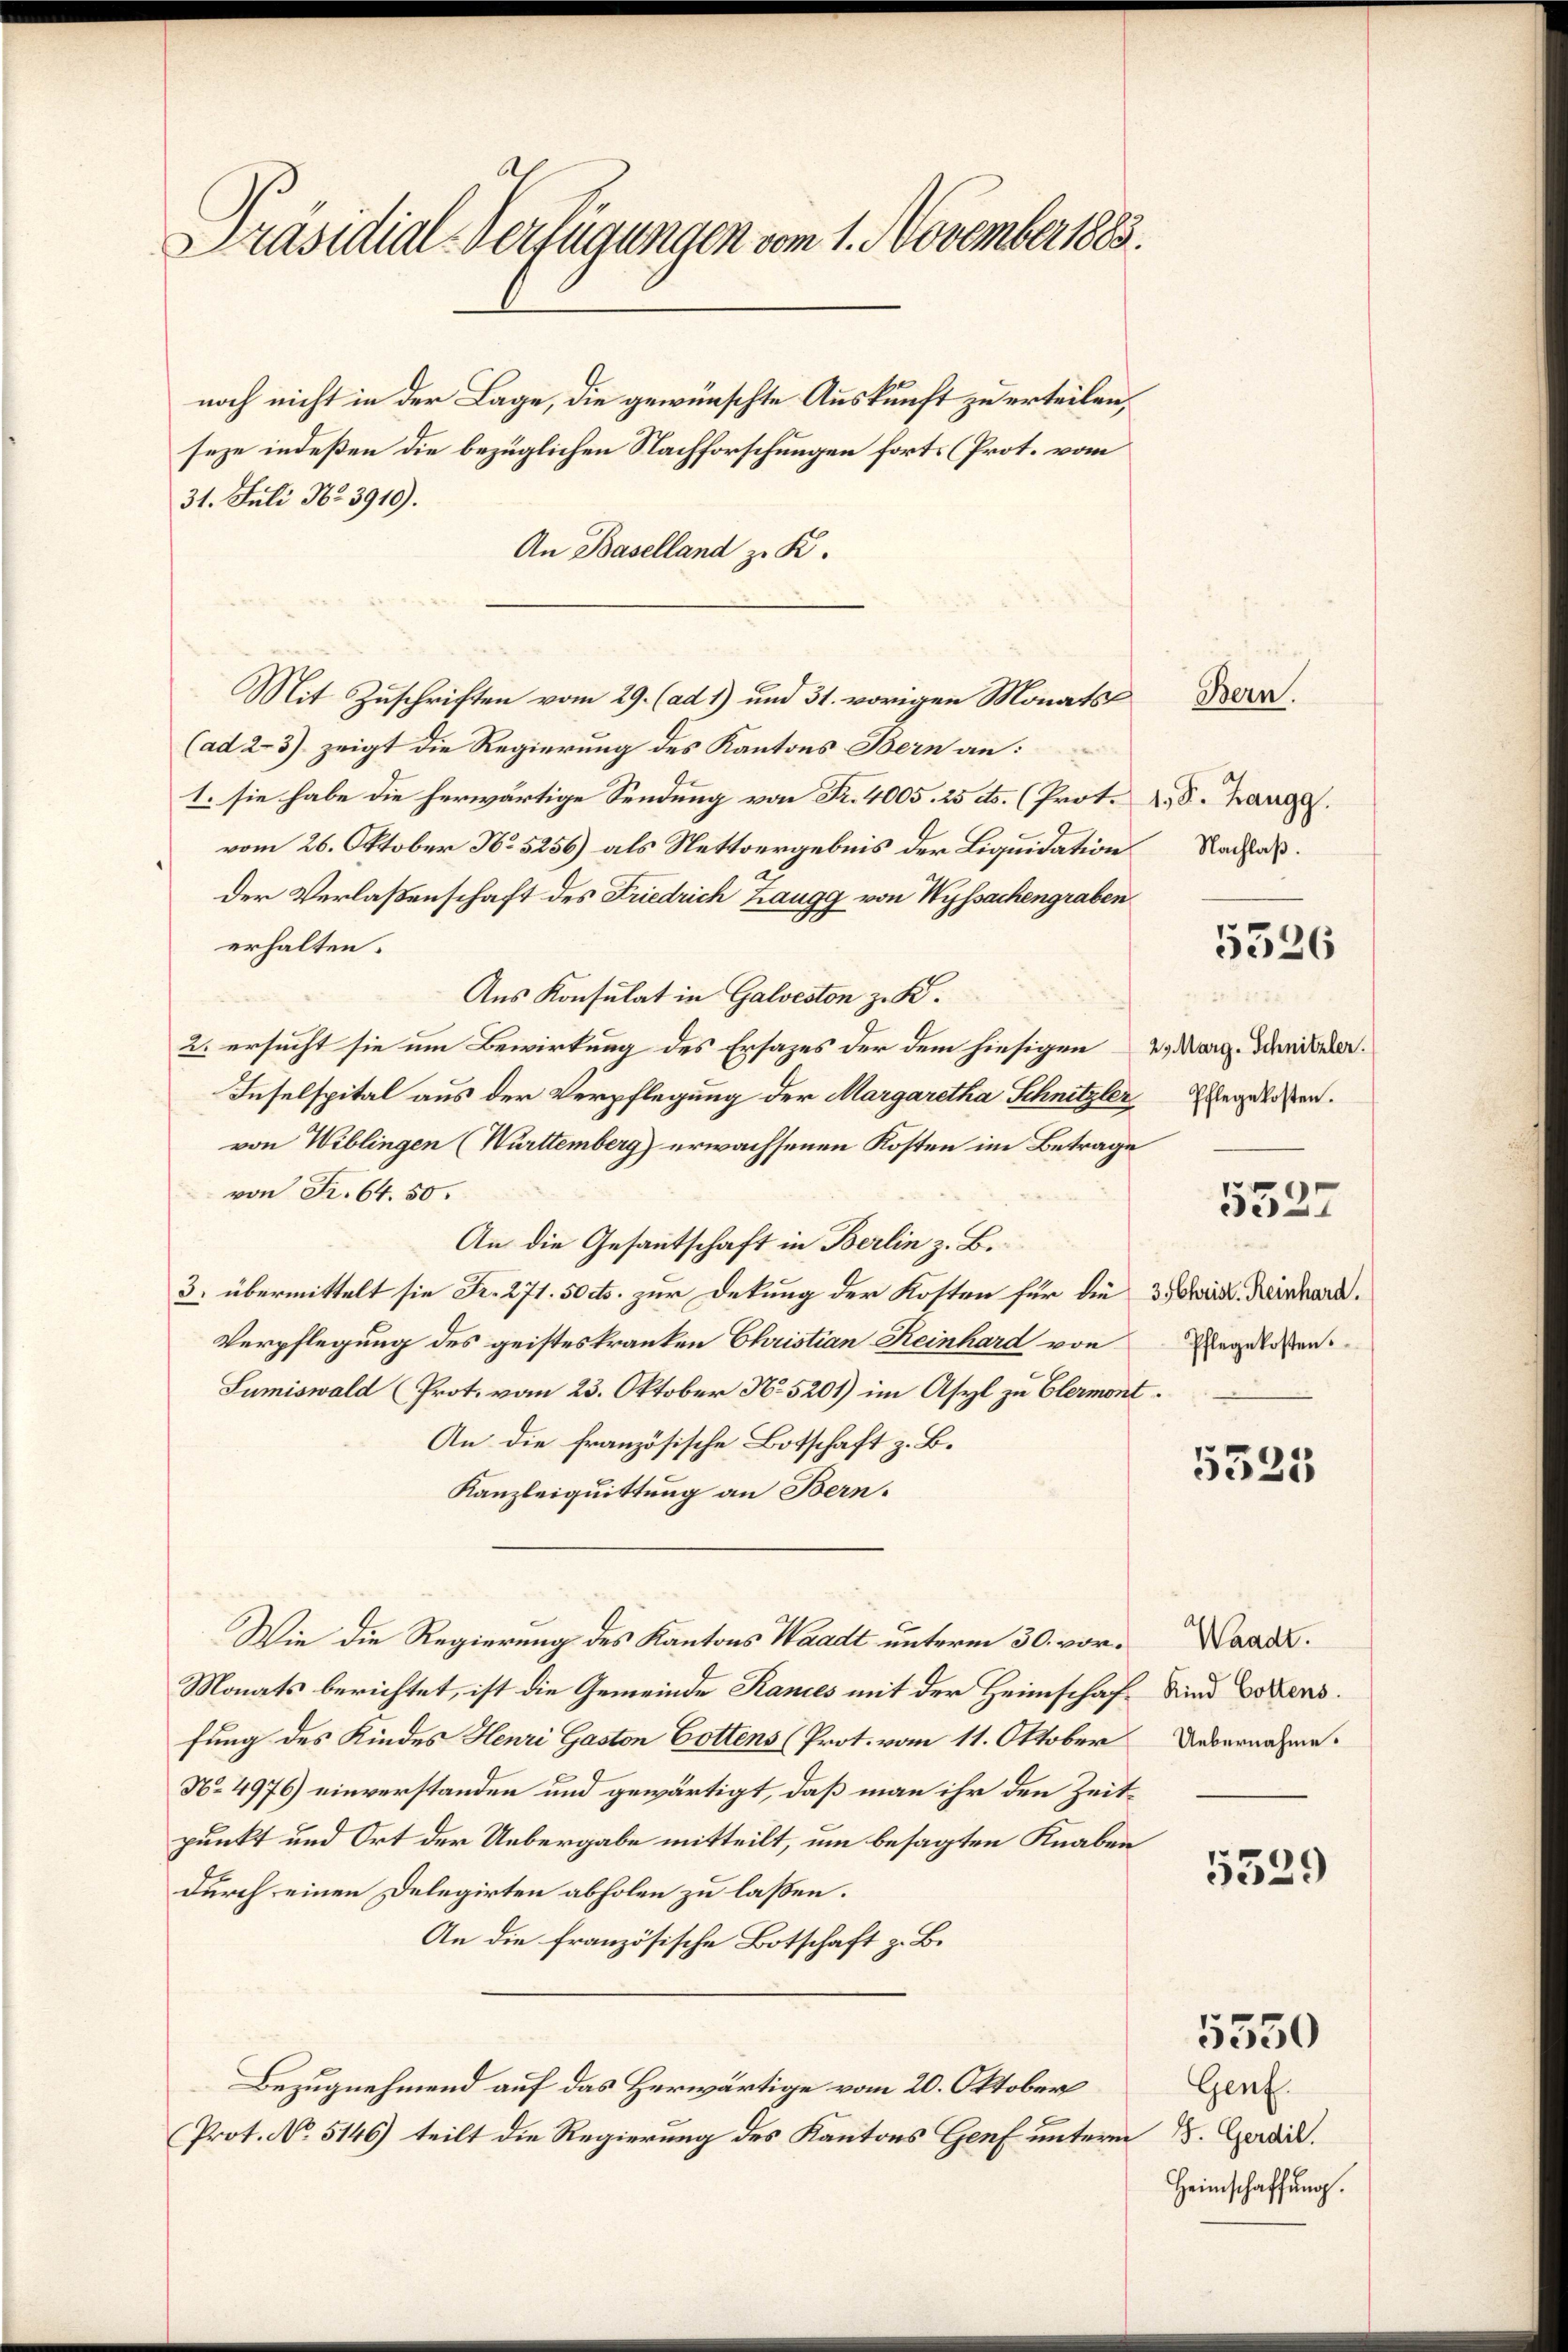
Präsidial-Verfügungen vom 1. November 1883.

noch nicht in der Lage, die gewünschte Auskunft zu erteilen,
seze indeßen die bezüglichen Nachforschungen forts (Prot. vom
31. Juli Nr. 3910).
An Baselland z. K.
Mit Zuschriften vom 29. (ad 1) und 31. vorigen Monats
(ad 23). zeigt die Regierung des Kantons Bern an:
1. sie habe die herwärtige Sendung von Fr. 4005. 25 cts. (Prot. 2, S. hange.
vom 26. Oktober No 5256) als Nettvergebnis der Liquidation Rades.
der Verlaßenschaft des Friedrich Zaugg von Wyssachengraben
erhalten.
Aus Konsulat in Galveston z. B.
2. ersucht sie um Bewirtung des Ersazes der dem hiesigen 2. Marg. Danieler.
Inselspital aus der Verpflegung der Margaretha Schnitzler gelesen.
von Wiblingen (Württemberg) erwachsenen Kosten im Betrage
von Fr. 64. 50.
An die Gesantschaft in Berlin z. B.
3. übermittelt sie Fr. 271. 50 cts. zur Dekung der Kosten für die 3 wird. Reinhard.
Verpflegung des geisteskranken Christian Reinhard von
Sumiswald (Prot. vom 23. Oktober N. 5201) im Asyl zu Clermont¬
An die französische Botschaft z. B.
Kanzleiquittung an Bern.
Wie die Regierung des Kantons Waadt unterm 30. vor¬
Monats berichtet, ist die Gemeinde Randes mit der Heimschaffung des Kindes Henri Gaston Gottens (Prot. vom 11. Oktober
No 4976) einverstanden und gewärtigt, daß man ihr den Zeitpunkt und Ort der Uebergabe mitteilt, um besagten Knaben
durch einen Delegirten abholen zu laßen.
An die französische Botschaft z. B.
Bezugnehmend auf das Herwärtige vom 20. Oktober
Prot. No. 5146) teilt die Regierung des Kantons Genf unterm

Bern.

5526

5527
Pflegekosten.

5525

Waadt.
Kind Gottens.
Uebernahme.

5529

5550

Genf.
8. Gerdil.
Heimschaffung.